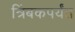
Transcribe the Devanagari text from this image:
त्रिंबकपर्यंत